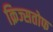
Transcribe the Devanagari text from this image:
क्रिज्सतोफ